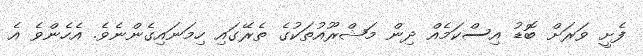
ފެށީ ވަރަށް ބޮޑު އިސްކަމެއް ދިން މަޝްރޫއުތަކުގެ ތެރޭގައި ހިމަނައިގެންނެވެ. އެހެންވެ އެ